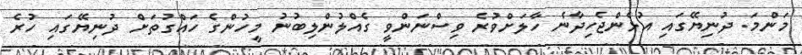
މަންމަ. ދުނިޔޭގައި އުޅެންޖެހިދާނެ ހާލަށްވުރެ ވިސްނަންވީ ގެއްލުންލިބުނު މީހުންގެ ހައްގުތަށް ދުނިޔޭގައި ހުރެ